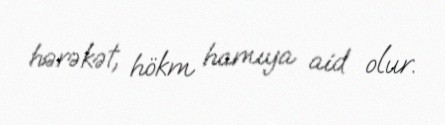
hərəkət, hökm hamıya aid olur.